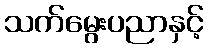
သက်မွေးပညာနှင့်